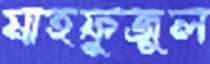
মাহফুজুল